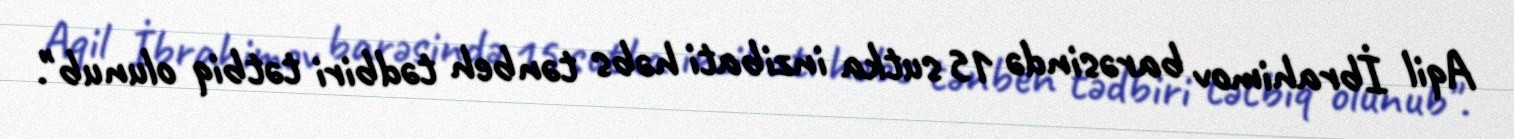
Aqil İbrahimov barəsində 15 sutka inzibati həbs tənbeh tədbiri tətbiq olunub".